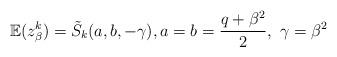
LaTeX: \begin{align*}\mathbb{E}(z_{\beta}^{k})=\tilde{S}_{k}(a,b,-\gamma), a=b=\frac{q+\beta^2}{2}, \, \, \gamma=\beta^2\end{align*}